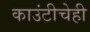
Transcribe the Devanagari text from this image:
काउंटीचेही